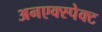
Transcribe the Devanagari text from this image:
अनएक्स्पेक्ट